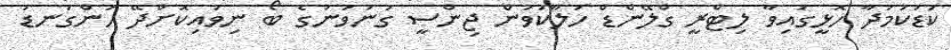
ކުޑަކަމުދާ ހޮޅީގައިވާ ލިޓްރީ ގްލޭންޑް ހަލާކުވުން ޖިންސީ ގުނަވަނުގެ ބޯ ނިވައިކޮށްދޭ ހަންގަނޑު